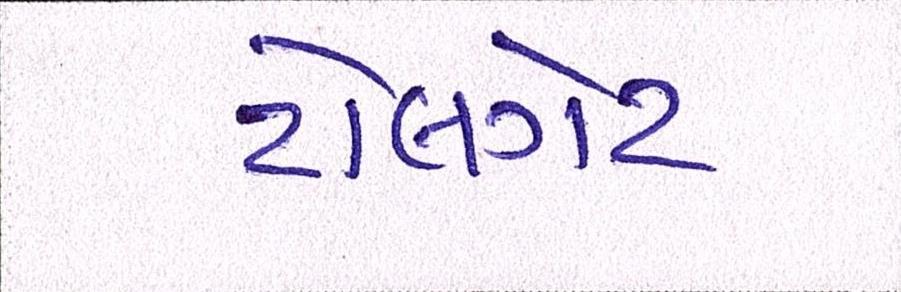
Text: ટોલગેટ